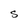
Character: S